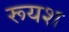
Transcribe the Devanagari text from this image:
रूयश